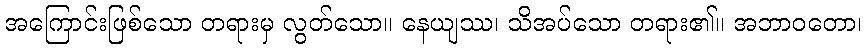
အကြောင်းဖြစ်သော တရားမှ လွတ်သော။ နေယျဿ၊ သိအပ်သော တရား၏။ အဘာဝတော၊